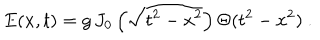
E ( x , t ) = g \, J _ { 0 } \left( \sqrt { t ^ { 2 } - x ^ { 2 } } \right) \Theta ( t ^ { 2 } - x ^ { 2 } ) \ .